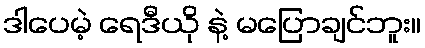
ဒါပေမဲ့ ရေဒီယို နဲ့ မပြောချင်ဘူး။